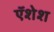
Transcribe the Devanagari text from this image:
ऍशेश